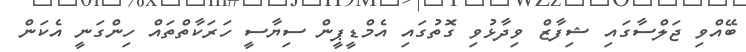
ބޭއްވި ޖަލްސާގައި ޝިފާޒް ވިދާޅުވި ގޮތުގައި އެމްޑީޕީން ސިޔާސީ ހަރަކާތްތައް ހިންގަނީ އެކަން